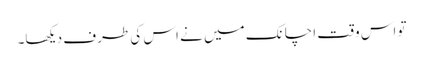
تو اس وقت اچانک میں نے اس کی طرف دیکھا۔